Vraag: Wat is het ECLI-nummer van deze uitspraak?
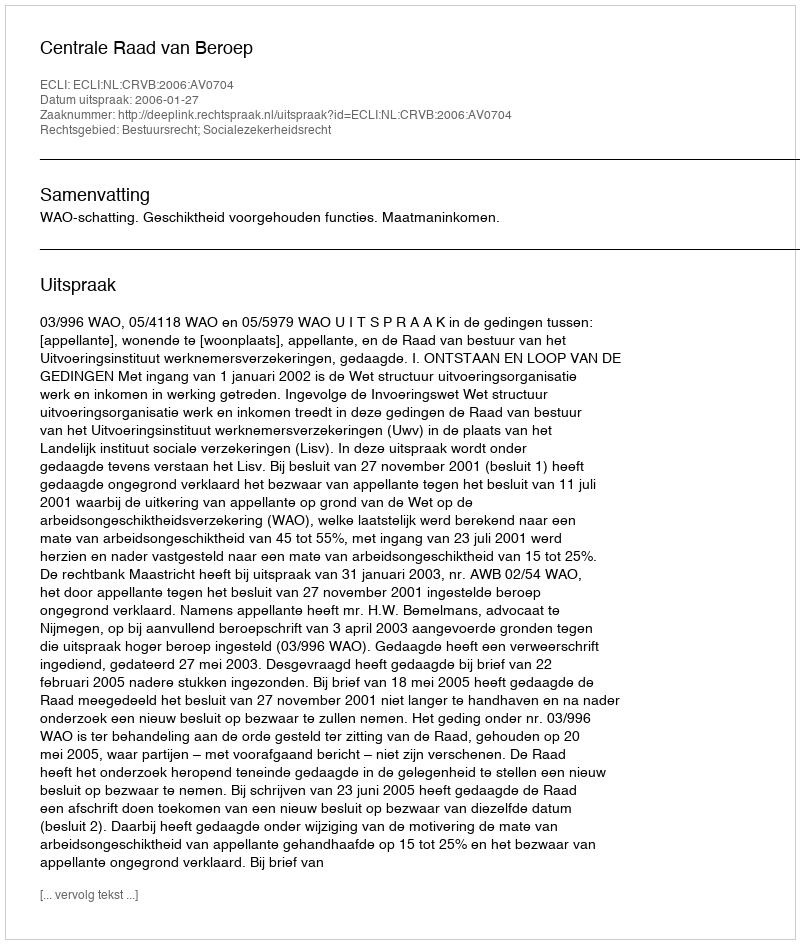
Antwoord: ECLI:NL:CRVB:2006:AV0704